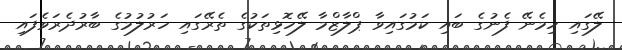
ލޭގައި ހިމެނޭ ފެނުގެ ބައި ކަމުގައިވާ ޕްލާޒްމާ ލޭހޮޅިތަކުގެ ތެރޭގައި ހަރުލުމުގެ ބާރުދެރަވެފައި